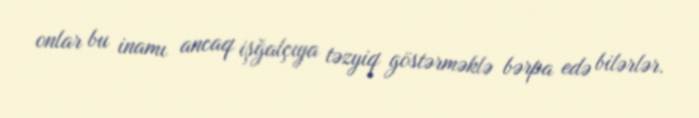
onlar bu inamı ancaq işğalçıya təzyiq göstərməklə bərpa edə bilərlər.